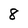
Character: 8